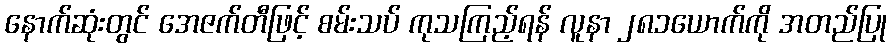
နောက်ဆုံးတွင် အေဇက်တီဖြင့် စမ်းသပ် ကုသကြည့်ရန် လူနာ ၂၈၁ယောက်ကို အတည်ပြု